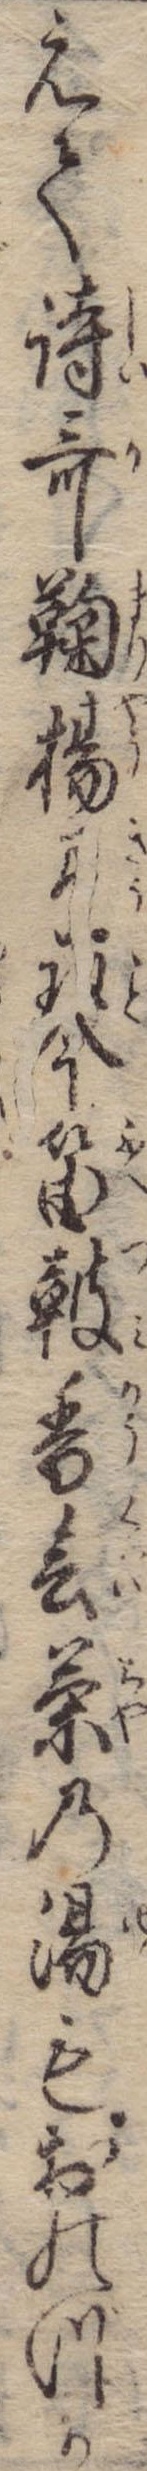
えて詩歌鞠楊弓琴笛鼓香会茶の湯もおのづか